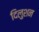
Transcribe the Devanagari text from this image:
दिलुशन